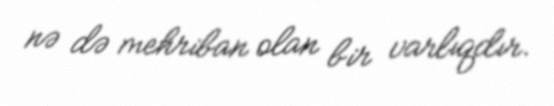
nə də mehriban olan bir varlıqdır.